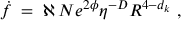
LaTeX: \dot { f } \; = \; \aleph \, N e ^ { 2 \phi } \eta ^ { - D } R ^ { 4 - d _ { k } } \; ,